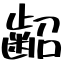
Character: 齠